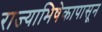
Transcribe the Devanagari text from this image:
राज्याभिषेकापासून